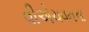
વીએચવનના